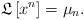
LaTeX: \begin{align*}\mathfrak{L}\left[ x^{n}\right] =\mu_{n}. \end{align*}